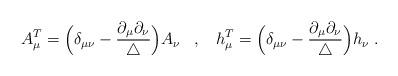
LaTeX: \begin{align*}A_\mu^T = \Big( \delta_{\mu \nu} - \frac{\partial_\mu \partial_\nu}{\triangle} \Big)A_\nu \; \; \; , \; \; \; h_\mu^T = \Big( \delta_{\mu \nu} - \frac{\partial_\mu \partial_\nu}{\triangle} \Big)h_\nu \; .\end{align*}